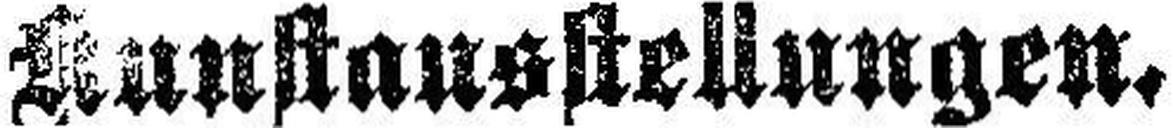
Kunstausstellungen